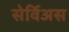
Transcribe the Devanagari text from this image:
सेर्विअस